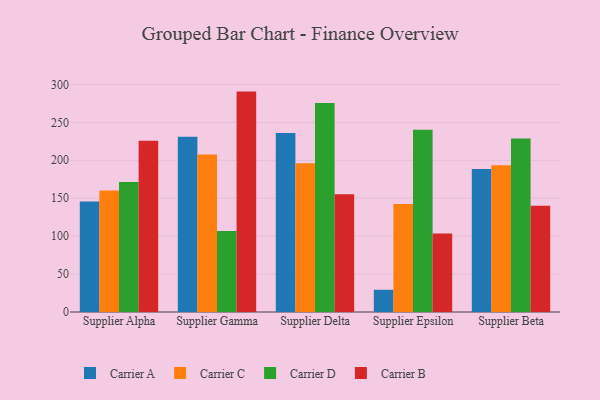
{"axis": {"x": "Supplier", "y": "Gross Profit (USD K)"}, "legend": ["Carrier A", "Carrier B", "Carrier C", "Carrier D"], "data": [{"x": "Supplier Alpha", "y": 145.6, "type": "Carrier A"}, {"x": "Supplier Alpha", "y": 160.0, "type": "Carrier C"}, {"x": "Supplier Alpha", "y": 171.5, "type": "Carrier D"}, {"x": "Supplier Alpha", "y": 225.8, "type": "Carrier B"}, {"x": "Supplier Gamma", "y": 231.1, "type": "Carrier A"}, {"x": "Supplier Gamma", "y": 207.7, "type": "Carrier C"}, {"x": "Supplier Gamma", "y": 106.7, "type": "Carrier D"}, {"x": "Supplier Gamma", "y": 290.5, "type": "Carrier B"}, {"x": "Supplier Delta", "y": 235.9, "type": "Carrier A"}, {"x": "Supplier Delta", "y": 196.1, "type": "Carrier C"}, {"x": "Supplier Delta", "y": 275.6, "type": "Carrier D"}, {"x": "Supplier Delta", "y": 155.3, "type": "Carrier B"}, {"x": "Supplier Epsilon", "y": 29.3, "type": "Carrier A"}, {"x": "Supplier Epsilon", "y": 142.4, "type": "Carrier C"}, {"x": "Supplier Epsilon", "y": 240.3, "type": "Carrier D"}, {"x": "Supplier Epsilon", "y": 103.4, "type": "Carrier B"}, {"x": "Supplier Beta", "y": 188.6, "type": "Carrier A"}, {"x": "Supplier Beta", "y": 193.4, "type": "Carrier C"}, {"x": "Supplier Beta", "y": 228.6, "type": "Carrier D"}, {"x": "Supplier Beta", "y": 140.1, "type": "Carrier B"}]}